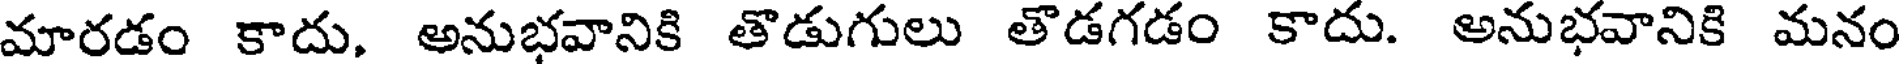
మారడం కాదు, అనుభవానికి తొడుగులు తొడగడం కాదు. అనుభవానికి మనం